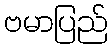
ဗမာပြည်